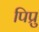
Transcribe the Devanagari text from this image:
पिप्रु